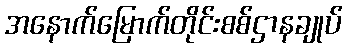
အနောက်မြောက်တိုင်းစစ်ဌာနချုပ်